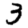
Digit: 3